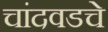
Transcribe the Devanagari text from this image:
चांदवडचे